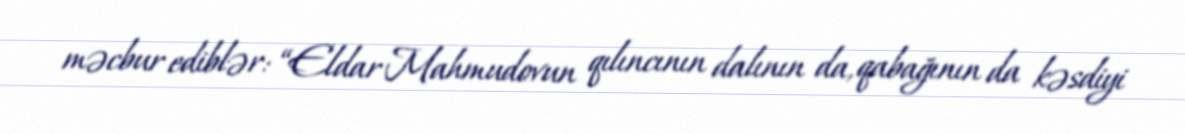
məcbur ediblər: “Eldar Mahmudovun qılıncının dalının da, qabağının da kəsdiyi